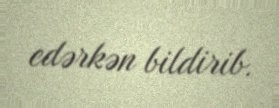
edərkən bildirib.